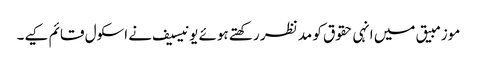
موزمبیق میں انہی حقوق کو مد نظر رکھتے ہوئے یونیسیف نے اسکول قائم کیے۔